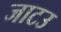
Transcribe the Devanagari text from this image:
जाटउ